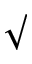
\surd